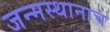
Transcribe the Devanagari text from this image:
जन्मस्थानाच